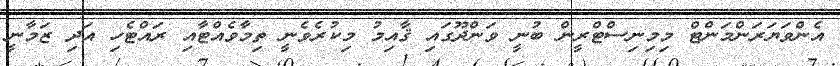
އެންވަޔަރަންމަންޓް މިމިނިސްޓްރީން ބުނީ ވަންދޫގައި ޤާއިމު މިކުރެވެނީ ތިމާވެއްޓާއި ރައްޓެހި އަދި ޒަމާނީ